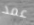
عمد